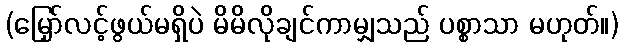
(မြှော်လင့်ဖွယ်မရှိပဲ မိမိလိုချင်ကာမျှသည် ပစ္စာသာ မဟုတ်။)